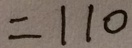
= 1 1 0